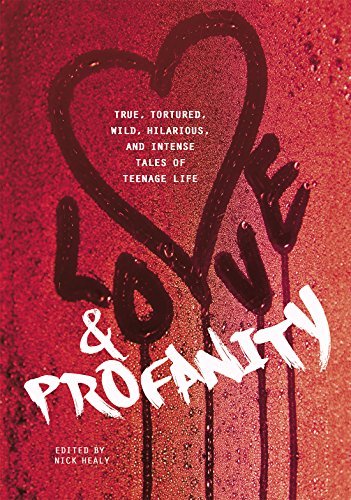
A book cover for Love & Profanity: A Collection of True, Tortured, Wild, Hilarious, Concise, and Intense Tales of Teenage Life; Rachael Hanel; Teen & Young Adult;